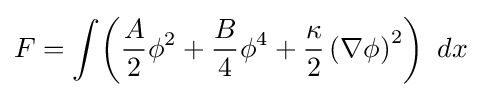
F=\int \!\left({\frac {A}{2}}\phi ^{2}+{\frac {B}{4}}\phi ^{4}+{\frac {\kappa }{2}}\left(\nabla \phi \right)^{2}\right)~dx\;